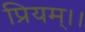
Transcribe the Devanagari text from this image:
प्रियम्।।